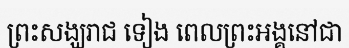
ព្រះសង្ឃរាជ ទៀង ពេលព្រះអង្គនៅជា